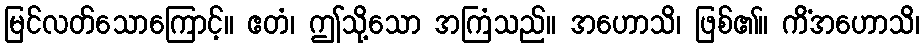
မြင်လတ်သောကြောင့်။ ဧတံ၊ ဤသို့သော အကြံသည်။ အဟောသိ၊ ဖြစ်၏။ ကိံအဟောသိ၊